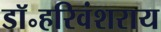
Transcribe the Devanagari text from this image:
डॉ॰हरिवंशराय